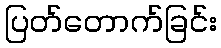
ပြတ်တောက်ခြင်း